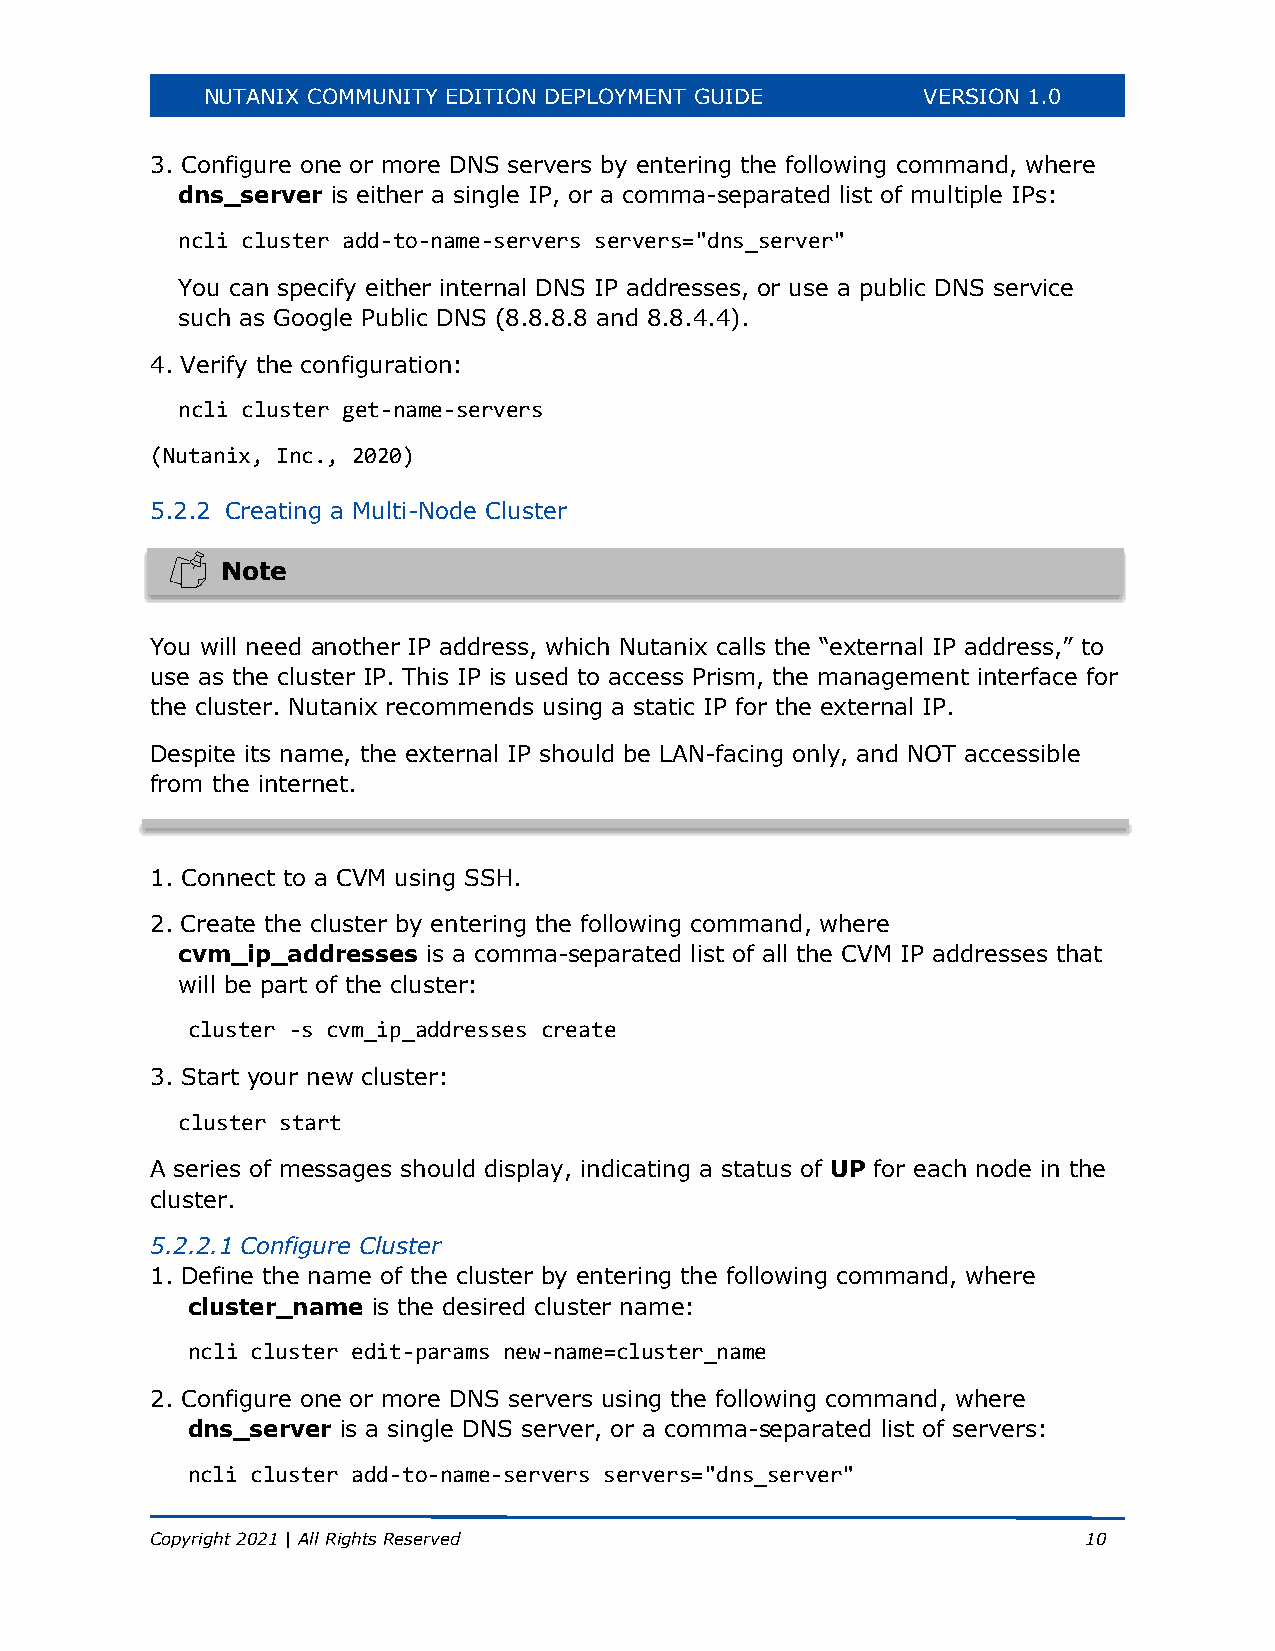
NUTANIX COMMUNITY EDITION DEPLOYMENT GUIDE      VERSION 1.0
 3. Configure one or more DNS servers by entering the following command, where
 dns_server is either a single IP, or a comma-separated list of multiple IPs:
 ncli cluster add-to-name-servers servers="dns_server"
 You can specify either internal DNS IP addresses, or use a public DNS service
 such as Google Public DNS (8.8.8.8 and 8.8.4.4).
 4. Verify the configuration:
 ncli cluster get-name-servers
 (Nutanix, Inc., 2020)
 5.2.2 Creating a Multi-Node Cluster
 Note
 You will need another IP address, which Nutanix calls the “external IP address,” to
 use as the cluster IP. This IP is used to access Prism, the management interface for
 the cluster. Nutanix recommends using a static IP for the external IP.
 Despite its name, the external IP should be LAN-facing only, and NOT accessible
 from the internet.
 1. Connect to a CVM using SSH.
 2. Create the cluster by entering the following command, where
 cvm_ip_addresses is a comma-separated list of all the CVM IP addresses that
 will be part of the cluster:
 cluster -s cvm_ip_addresses create
 3. Start your new cluster:
 cluster start
 A series of messages should display, indicating a status of UP for each node in the
 cluster.
 5.2.2.1 Configure Cluster
 1. Define the name of the cluster by entering the following command, where
 cluster_name is the desired cluster name:
 ncli cluster edit-params new-name=cluster_name
 2. Configure one or more DNS servers using the following command, where
 dns_server is a single DNS server, or a comma-separated list of servers:
 ncli cluster add-to-name-servers servers="dns_server"
 Copyright 2021 | All Rights Reserved                          10